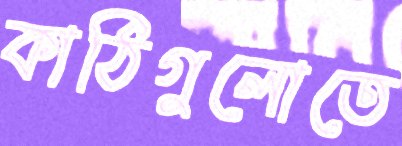
কাঠিগুলোতে